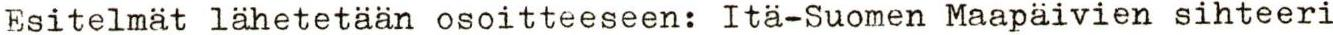
Esitelmät lähetetään osoitteeseen: Itä-Suomen Maapäivien sihteeri